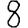
Digit: 8